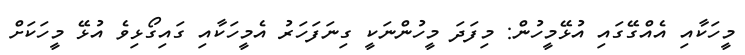
މީހަކާއި އެއްގޭގައި އުޅޭމީހުން: މިފަދަ މީހުންނަކީ ގިނަފަހަރު އެމީހަކާއި ގައިގޯޅިވެ އުޅޭ މީހަކަށް